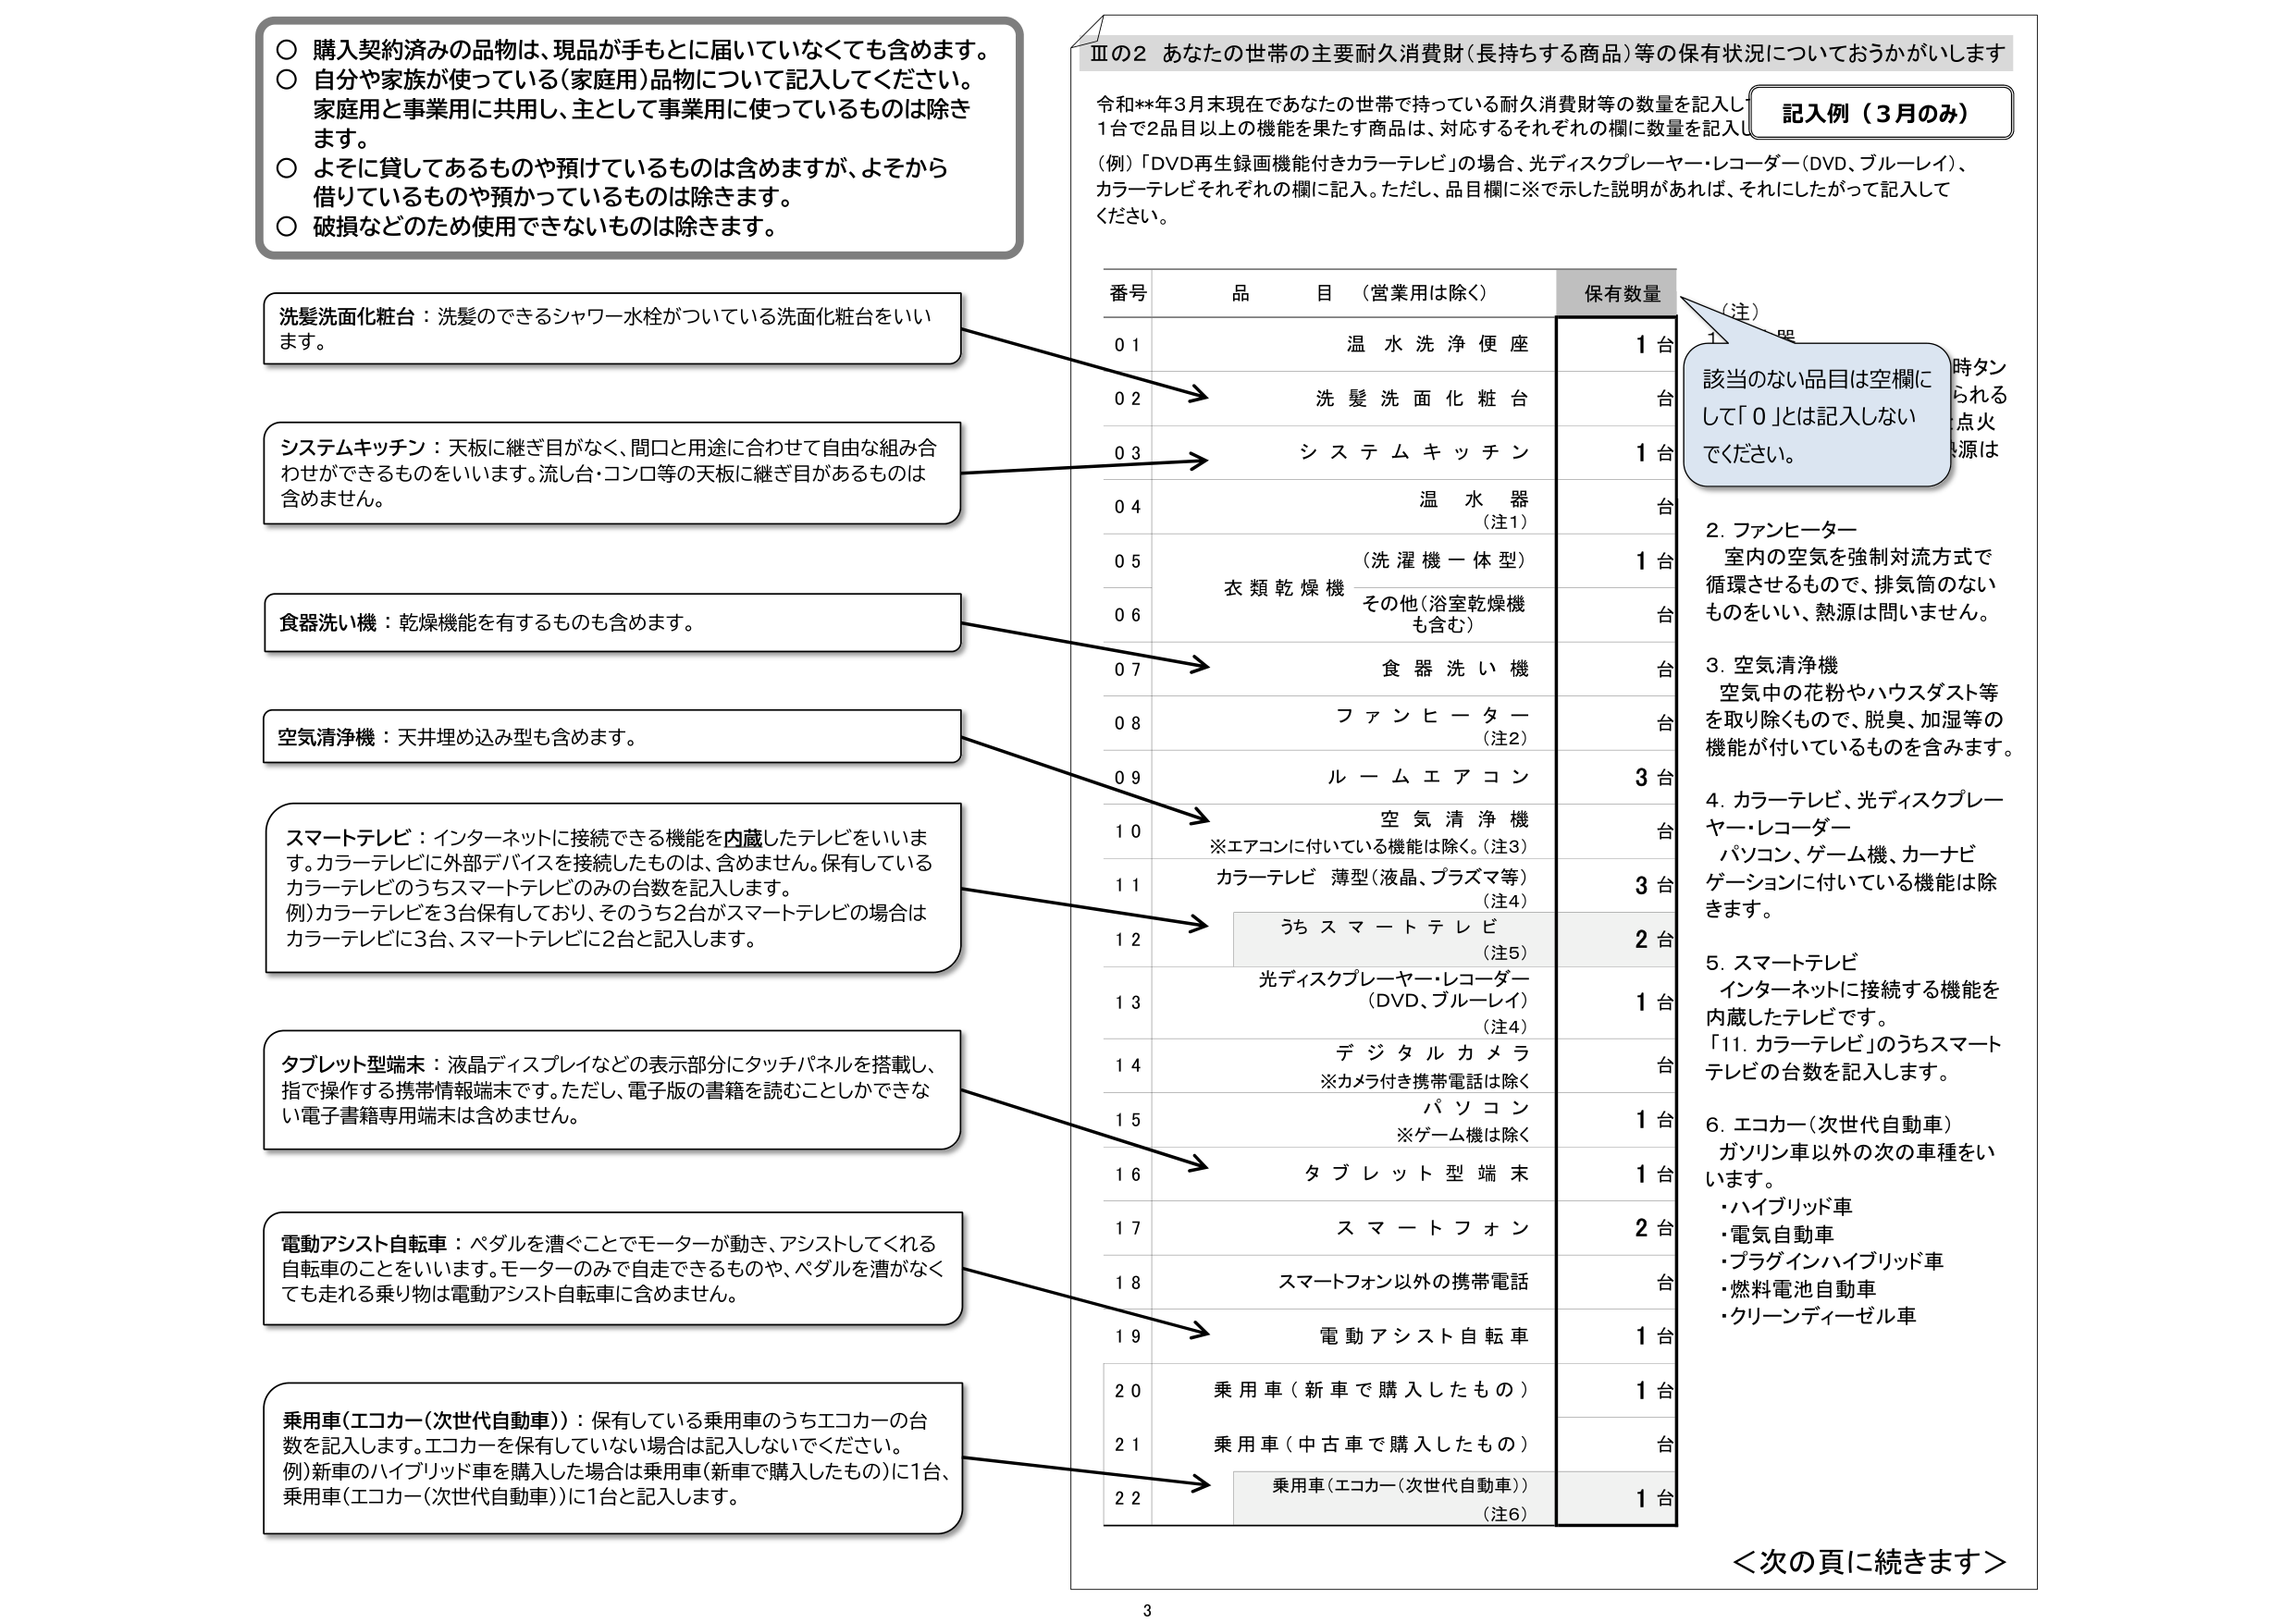
〇 購入契約済みの品物は、現品が手もとに届いていなくても含めます。
〇 自分や家族が使っている（家庭用）品物について記入してください。
家庭用と事業用に共用し、主として事業用に使っているものは除きます。
〇 よそに貸してあるものや預けているものは含めますが、よそから借りているものや預かっているものは除きます。
〇 破損などのため使用できないものは除きます。

洗髪洗面化粧台：洗髪のできるシャワー水栓がついている洗面化粧台をいいます。

システムキッチン：天板に継ぎ目がなく、間口と用途に合わせて自由な組み合わせができるものをいいます。流し台・コンロ等の天板に継ぎ目があるものは含めません。

食器洗い機：乾燥機能を有するものも含めます。

空気清浄機：天井埋め込み型も含めます。

スマートテレビ：インターネットに接続できる機能を内蔵したテレビをいいます。カラーテレビに外部デバイスを接続したものは、含めません。保有しているカラーテレビのうちスマートテレビのみの台数を記入します。
例）カラーテレビを3台保有しており、そのうち2台がスマートテレビの場合はカラーテレビに3台、スマートテレビに2台と記入します。

タブレット型端末：液晶ディスプレイなどの表示部分にタッチパネルを搭載し、指で操作する携帯情報端末です。ただし、電子版の書籍を読むことしかできない電子書籍専用端末は含めません。

電動アシスト自転車：ペダルを漕ぐことでモーターが動き、アシストしてくれる自転車のことをいいます。モーターのみで自走できるものや、ペダルを漕がなくても走れる乗り物は電動アシスト自転車に含めません。

乗用車（エコカー（次世代自動車））：保有している乗用車のうちエコカーの台数を記入します。エコカーを保有していない場合は記入しないでください。
例）新車のハイブリッド車を購入した場合は乗用車（新車で購入したもの）に1台、乗用車（エコカー（次世代自動車））に1台と記入します。

Ⅲの2 あなたの世帯の主要耐久消費財（長持ちする商品）等の保有状況についておうかがいします
令和**年3月末現在であなたの世帯で持っている耐久消費財等の数量を記入してください。
1台で2品目以上の機能を果たす商品は、対応するそれぞれの欄に数量を記入してください。
（例）「DVD再生録画機能付きカラーテレビ」の場合、光ディスクプレーヤー・レコーダー（DVD、ブルーレイ）、カラーテレビそれぞれの欄に記入。ただし、品目欄に※で示した説明があれば、それにしたがって記入してください。

記入例（3月のみ）

番号 品目（営業用は除く） 保有数量
01 温水洗浄便座 1台
02 洗髪洗面化粧台 台
03 システムキッチン 1台
04 温水器（注1） 台
05 （洗濯機一体型） 1台
06 衣類乾燥機 その他（浴室乾燥機も含む） 台
07 食器洗い機 台
08 ファンヒーター（注2） 台
09 ルームエアコン 3台
10 空気清浄機 ※エアコンに付いている機能は除く。（注3） 台
11 カラーテレビ 薄型（液晶、プラズマ等）（注4） 3台
12 うちスマートテレビ（注5） 2台
13 光ディスクプレーヤー・レコーダー（DVD、ブルーレイ）（注4） 1台
14 デジタルカメラ ※カメラ付き携帯電話は除く 台
15 パソコン ※ゲーム機は除く 1台
16 タブレット型端末 1台
17 スマートフォン 2台
18 スマートフォン以外の携帯電話 台
19 電動アシスト自転車 1台
20 乗用車（新車で購入したもの） 1台
21 乗用車（中古車で購入したもの） 台
22 乗用車（エコカー（次世代自動車））（注6） 1台

（注）
該当のない品目は空欄にして「0」とは記入しないでください。

2. ファンヒーター
室内の空気を強制対流方式で循環させるもので、排気筒のないものをいい、熱源は問いません。

3. 空気清浄機
空気中の花粉やハウスダスト等を取り除くもので、脱臭、加湿等の機能が付いているものを含みます。

4. カラーテレビ、光ディスクプレーヤー・レコーダー
パソコン、ゲーム機、カーナビゲーションに付いている機能は除きます。

5. スマートテレビ
インターネットに接続する機能を内蔵したテレビです。
「11. カラーテレビ」のうちスマートテレビの台数を記入します。

6. エコカー（次世代自動車）
ガソリン車以外の次の車種をいいます。
・ハイブリッド車
・電気自動車
・プラグインハイブリッド車
・燃料電池自動車
・クリーンディーゼル車

＜次の頁に続きます＞

3